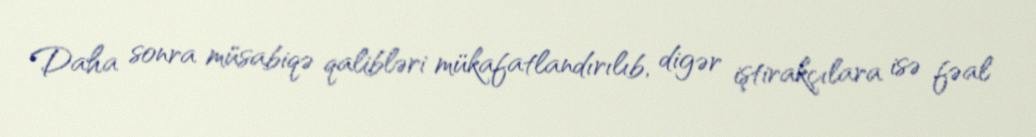
Daha sonra müsabiqə qalibləri mükafatlandırılıb, digər iştirakçılara isə fəal